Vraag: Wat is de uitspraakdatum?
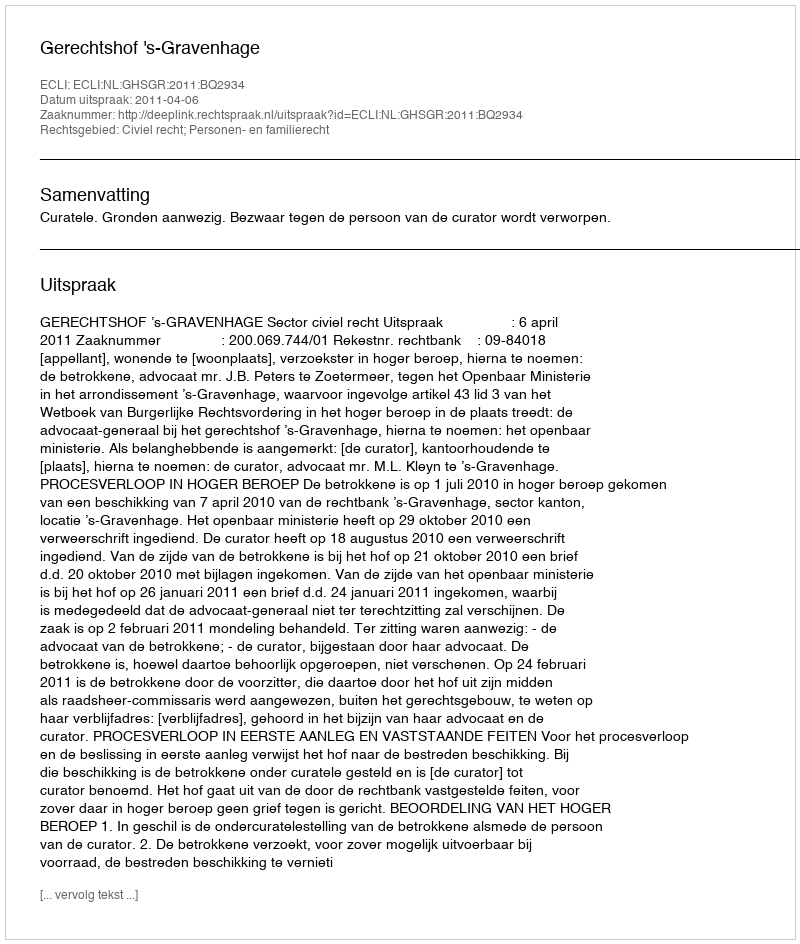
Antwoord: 2011-04-06